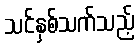
သင်နှစ်သက်သည့်